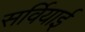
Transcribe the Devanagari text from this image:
सर्वियाई